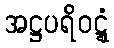
အဋ္ဌပရိဝဋ္ဋံ